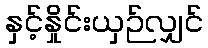
နှင့်နှိုင်းယှဉ်လျှင်